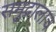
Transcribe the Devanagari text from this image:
समुद्रालाच